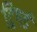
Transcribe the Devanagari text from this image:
ट्रिगर्ड